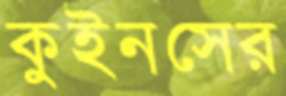
কুইনসের